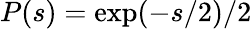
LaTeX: P(s)=\exp(-s/2)/2